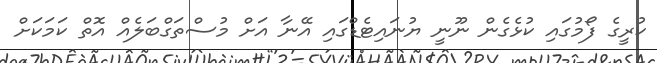
ކުރީގެ ފޯމުގައި ކުޅެގެން ނޫނީ ޔުނައިޓެޑްގައި އޭނާ އަށް މުސްތަގްބަލެއް އޮތް ކަމަކަށް